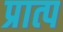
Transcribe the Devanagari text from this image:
प्रात्प